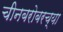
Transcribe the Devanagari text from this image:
चीनबरोबरच्या